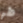
طر